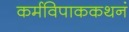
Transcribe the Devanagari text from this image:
कर्मविपाककथनं